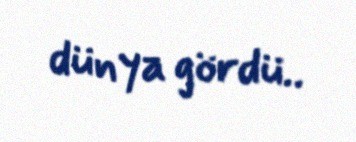
dünya gördü..